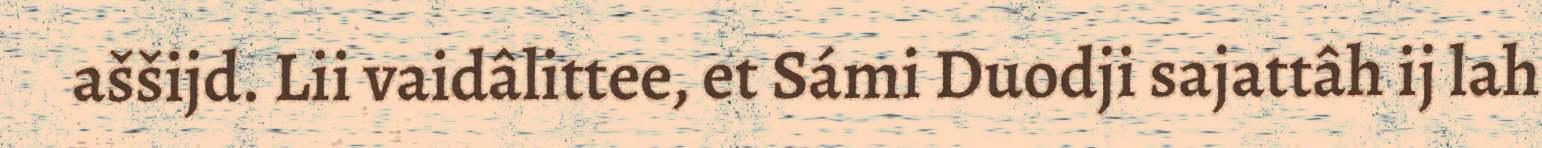
aššijd. Lii vaidâlittee, et Sámi Duodji sajattâh ij lah